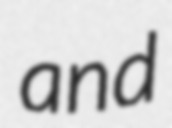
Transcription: and